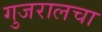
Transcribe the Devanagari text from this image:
गुजरालचा